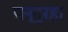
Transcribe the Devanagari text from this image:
पन्द्रहा